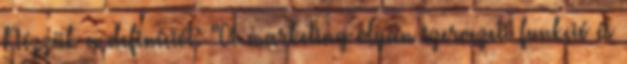
Nézzük a definíciót: "A marketing olyan szervezeti funkció és